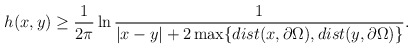
\begin{align*}h(x,y) \ge \frac{1}{2\pi}\ln\frac{1}{|x-y|+2\max \{ dist(x,\partial \Omega),dist(y,\partial \Omega) \} }.\end{align*}